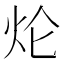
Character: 𤆢